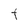
Character: t